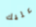
عليك